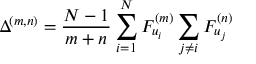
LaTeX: \Delta ^ { ( m , n ) } = \frac { N - 1 } { m + n } \sum _ { i = 1 } ^ { N } F _ { u _ { i } } ^ { ( m ) } \sum _ { j \neq i } F _ { u _ { j } } ^ { ( n ) }